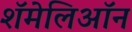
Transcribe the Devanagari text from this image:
शॅमेलिऑन